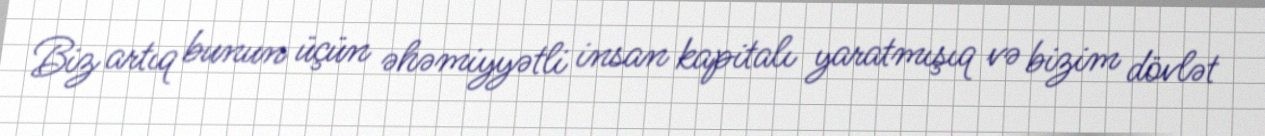
Biz artıq bunun üçün əhəmiyyətli insan kapitalı yaratmışıq və bizim dövlət